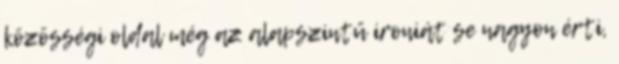
közösségi oldal még az alapszintű ironiát se nagyon érti,